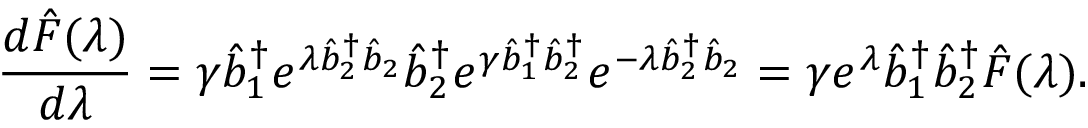
\frac { d \hat { F } ( \lambda ) } { d \lambda } = \gamma \hat { b } _ { 1 } ^ { \dagger } e ^ { \lambda \hat { b } _ { 2 } ^ { \dagger } \hat { b } _ { 2 } } \hat { b } _ { 2 } ^ { \dagger } e ^ { \gamma \hat { b } _ { 1 } ^ { \dagger } \hat { b } _ { 2 } ^ { \dagger } } e ^ { - \lambda \hat { b } _ { 2 } ^ { \dagger } \hat { b } _ { 2 } } = \gamma e ^ { \lambda } \hat { b } _ { 1 } ^ { \dagger } \hat { b } _ { 2 } ^ { \dagger } \hat { F } ( \lambda ) .